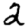
Digit: 2